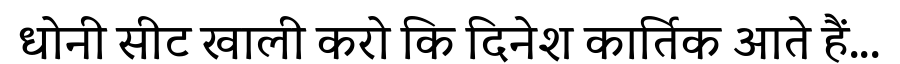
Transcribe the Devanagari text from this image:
धोनी सीट खाली करो कि दिनेश कार्तिक आते हैं...